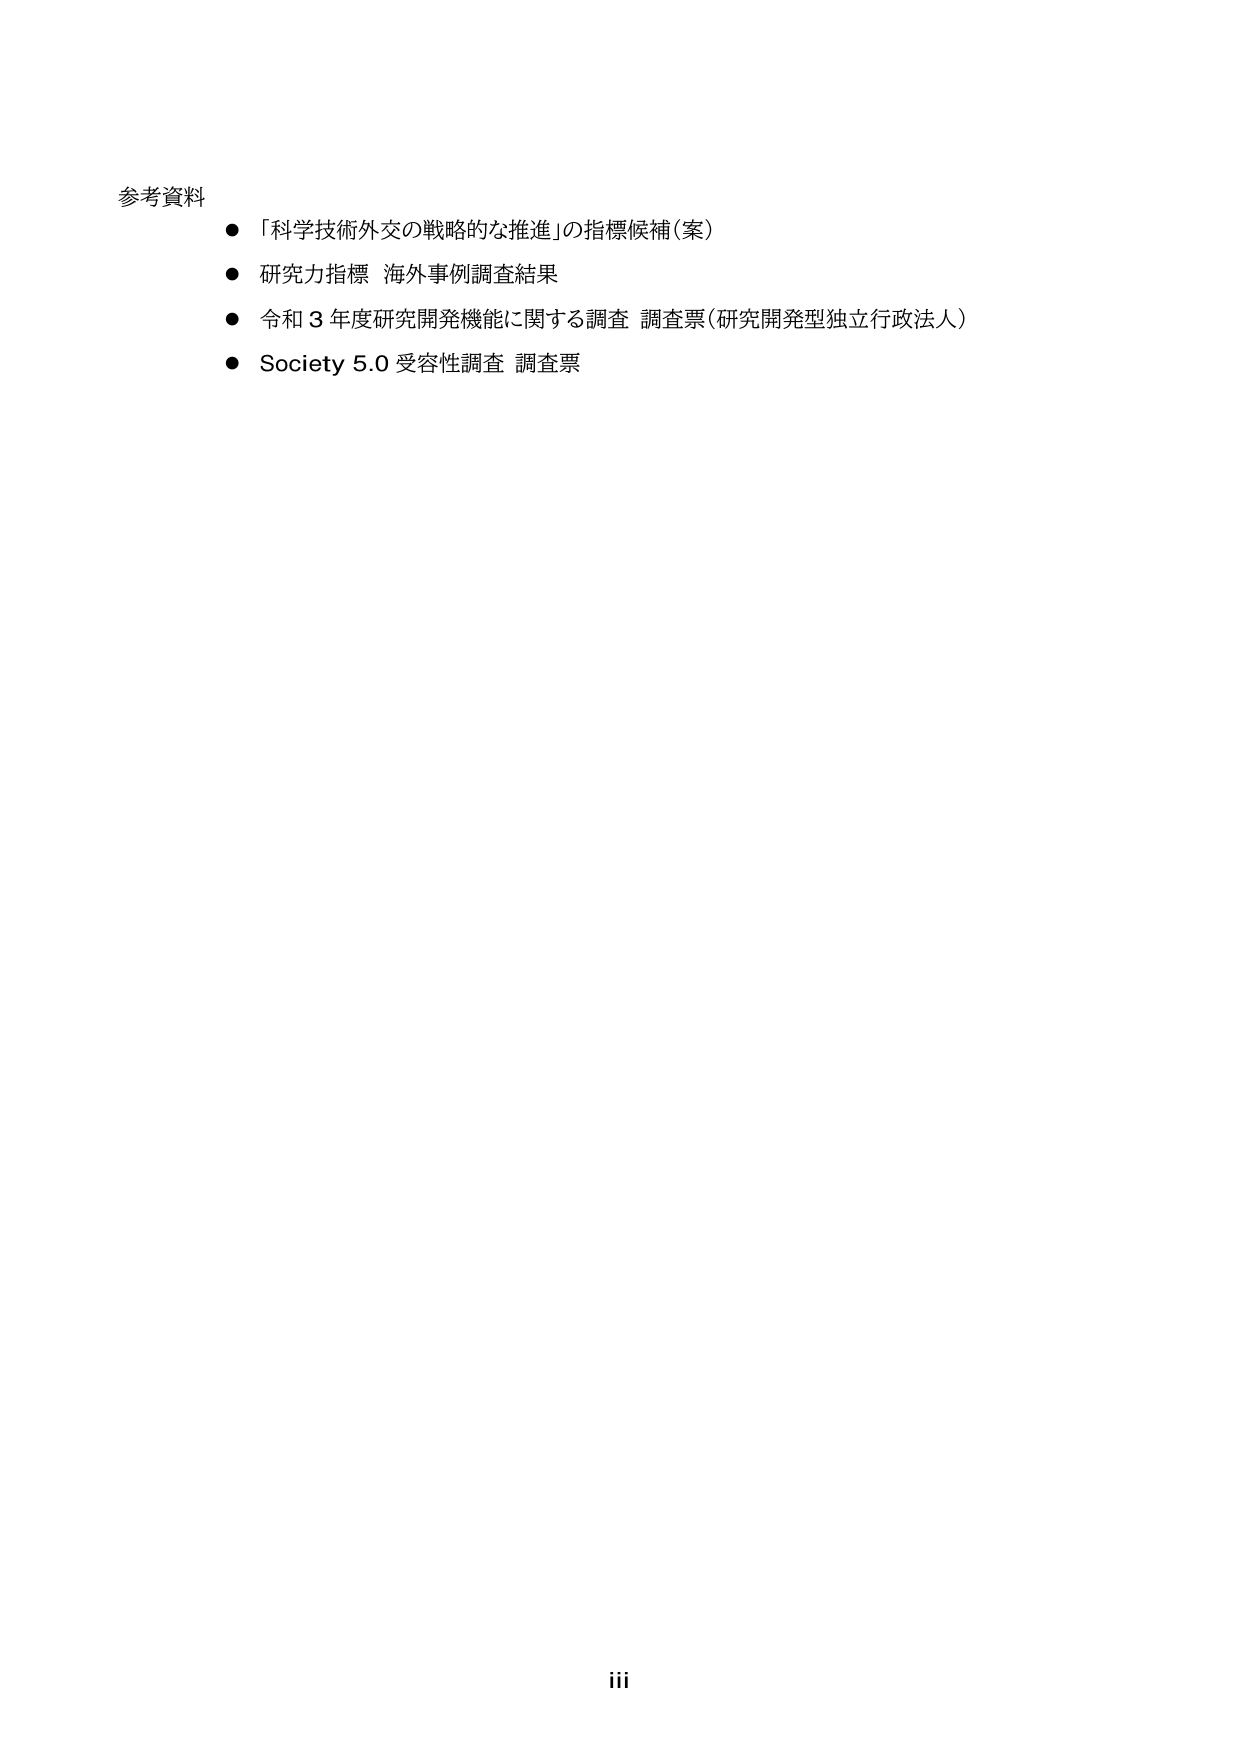
参考資料
● 「科学技術外交の戦略的な推進」の指標候補（案）
● 研究力指標 海外事例調査結果
● 令和３年度研究開発機能に関する調査 調査票（研究開発型独立行政法人）
● Society 5.0 受容性調査 調査票
iii